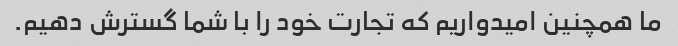
ما همچنین امیدواریم که تجارت خود را با شما گسترش دهیم.